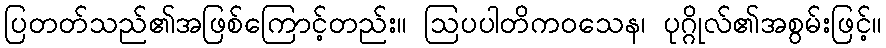
ပြတတ်သည်၏အဖြစ်ကြောင့်တည်း။ ဩပပါတိကဝသေန၊ ပုဂ္ဂိုလ်၏အစွမ်းဖြင့်။